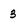
Character: 3